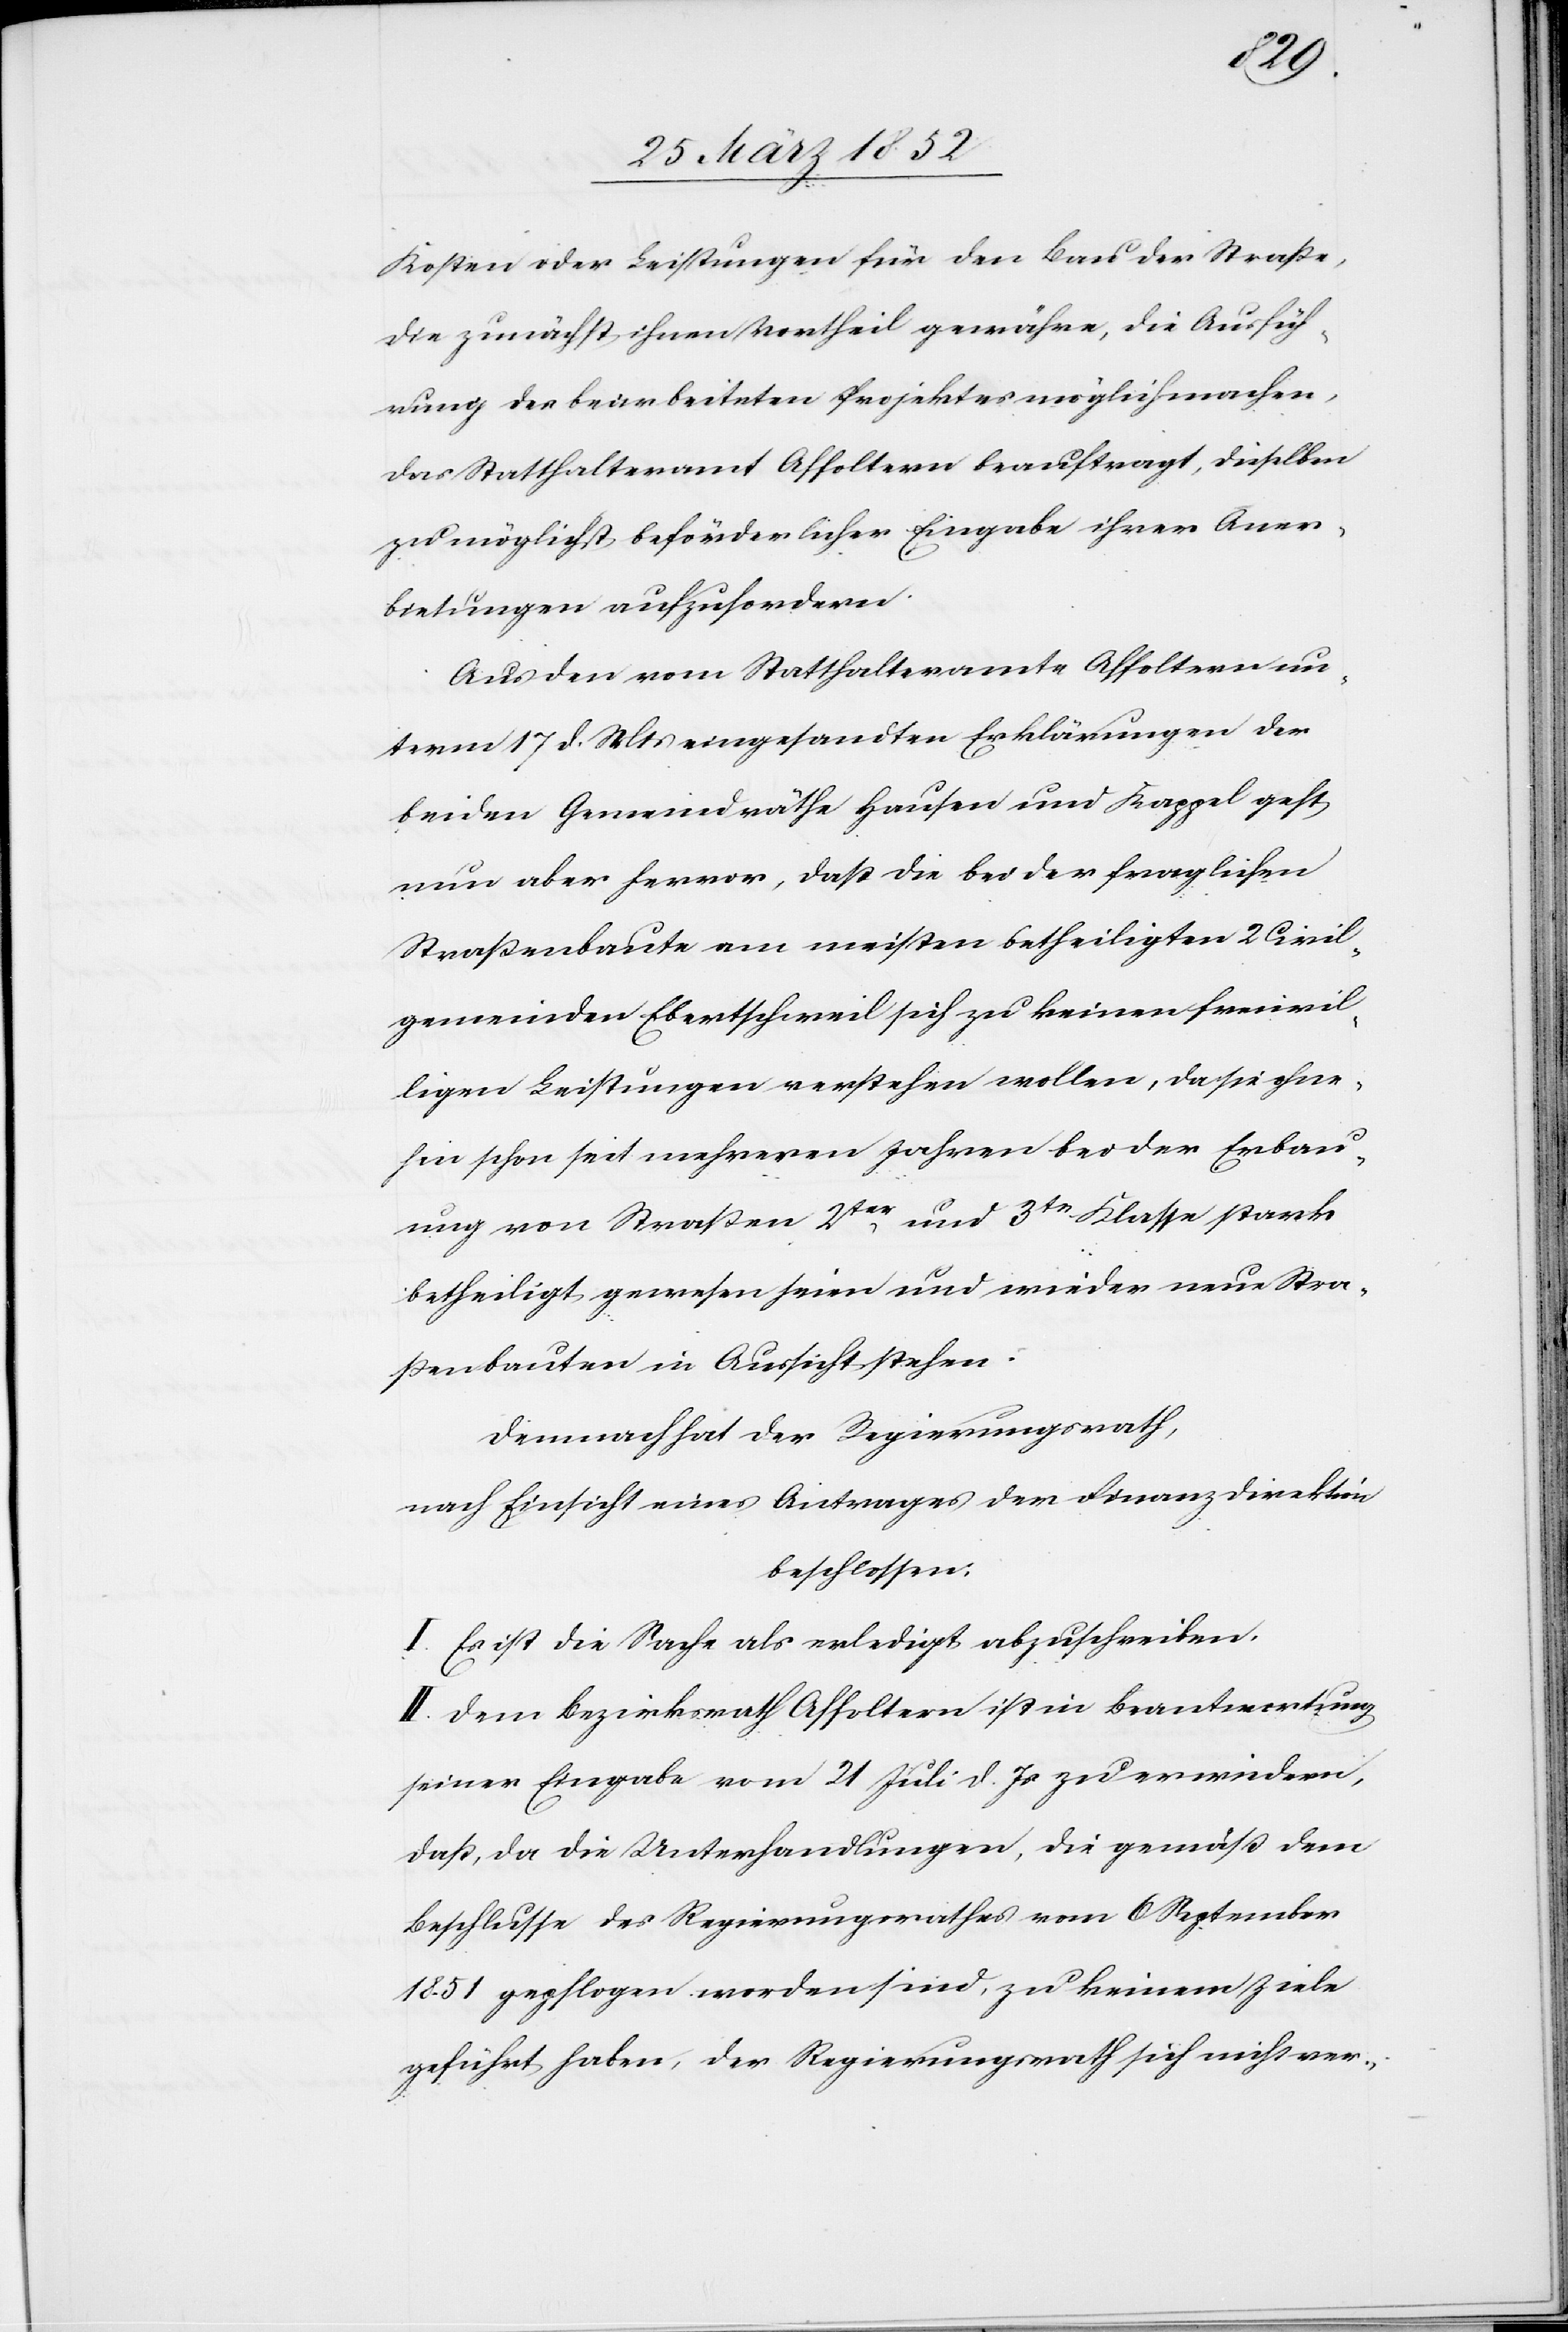
Kosten oder Leistungen für den Bau der Straße,
die zunächst ihnen Vortheil gewähren, die Ausfüh¬
rung des bearbeiteten Projektes möglich machen,
das Statthalteramt Affoltern beauftragt dieselben
zu möglichst beförderlicher Eingabe ihrer Aner¬
bietungen aufzufordern.
Aus den vom Statthalteramte Affoltern un¬
term 17 d. Mts eingesandten Erklärungen der
beiden Gemeindräthe Hausen und Kappel geht
nun aber hervor, daß die bei der fraglichen
Straßenbaute am meisten betheiligten 2 Civil¬
gemeinden Ebertschweil sich zu keinen freiwil¬
ligen Leistungen verstehen wollen, da sie ohne¬
hin schon seit mehreren Jahren bei der Erbau¬
ung von Straßen 2ter und 3te Klasse stark
betheiligt gewesen seien und wieder neue Stra¬
ßenbauten in Aussicht stehen.
Demnach der Regierungsrath,
nach Einsicht eines Antrages der Finanzdirektion
beschlossen:
I. Es ist die Sache als erledigt abzuschreiben.
II. Dem Bezirksrath Affoltern ist in Beantwortung
seiner Eingabe vom 21 Juli d. Js zu erwiedern,
daß, da die Unterhandlungen, die gemäß dem
Beschlusse des Regierungsrathes vom 6 September
1851 gepflogen worden sind, zu keinem Ziele
geführt haben, der Regierungsrath sich nicht ver-